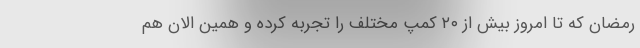
رمضان که تا امروز بیش از ۲۰ کمپ مختلف را تجربه کرده و همین الان هم